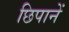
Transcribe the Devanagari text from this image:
छिपानें